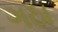
ગઠા